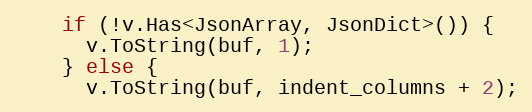
Language: C++
    if (!v.Has<JsonArray, JsonDict>()) {
      v.ToString(buf, 1);
    } else {
      v.ToString(buf, indent_columns + 2);